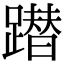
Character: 𨅕